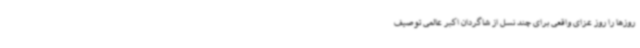
روزها را روز عزای واقعی برای چند نسل از شاگردان اکبر عالمی توصیف